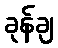
ခုန်ချ